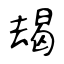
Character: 朅